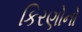
કિરણોનો